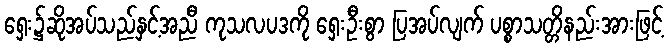
ရှေး၌ဆိုအပ်သည်နှင့်အညီ ကုသလပဒကို ရှေးဦးစွာ ပြအပ်လျက် ပစ္စာသတ္တိနည်းအားဖြင့်